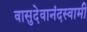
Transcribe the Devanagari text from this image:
वासुदेवानंदस्वामी